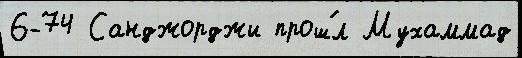
6-74 Санджорджи прош́л Мухаммад